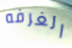
الغرفه